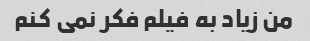
من زیاد به فیلم فکر نمی کنم